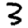
Digit: 3